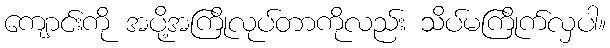
ကျောင်းကို အပို့အကြိုလုပ်တာကိုလည်း သိပ်မကြိုက်လှပါ။